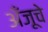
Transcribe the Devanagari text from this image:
अँजूचे